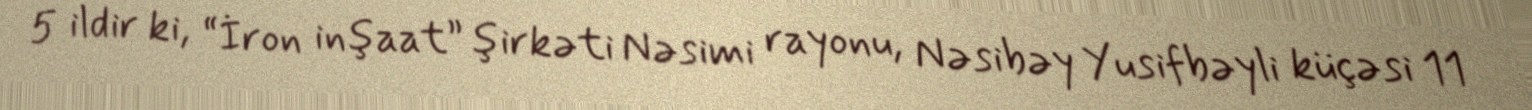
5 ildir ki, “İron inşaat” şirkəti Nəsimi rayonu, Nəsibəy Yusifbəyli küçəsi 11